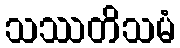
သဿတိသမံ